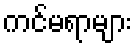
ကင်မရာများ